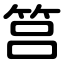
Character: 筥